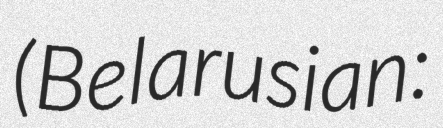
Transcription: (Belarusian: